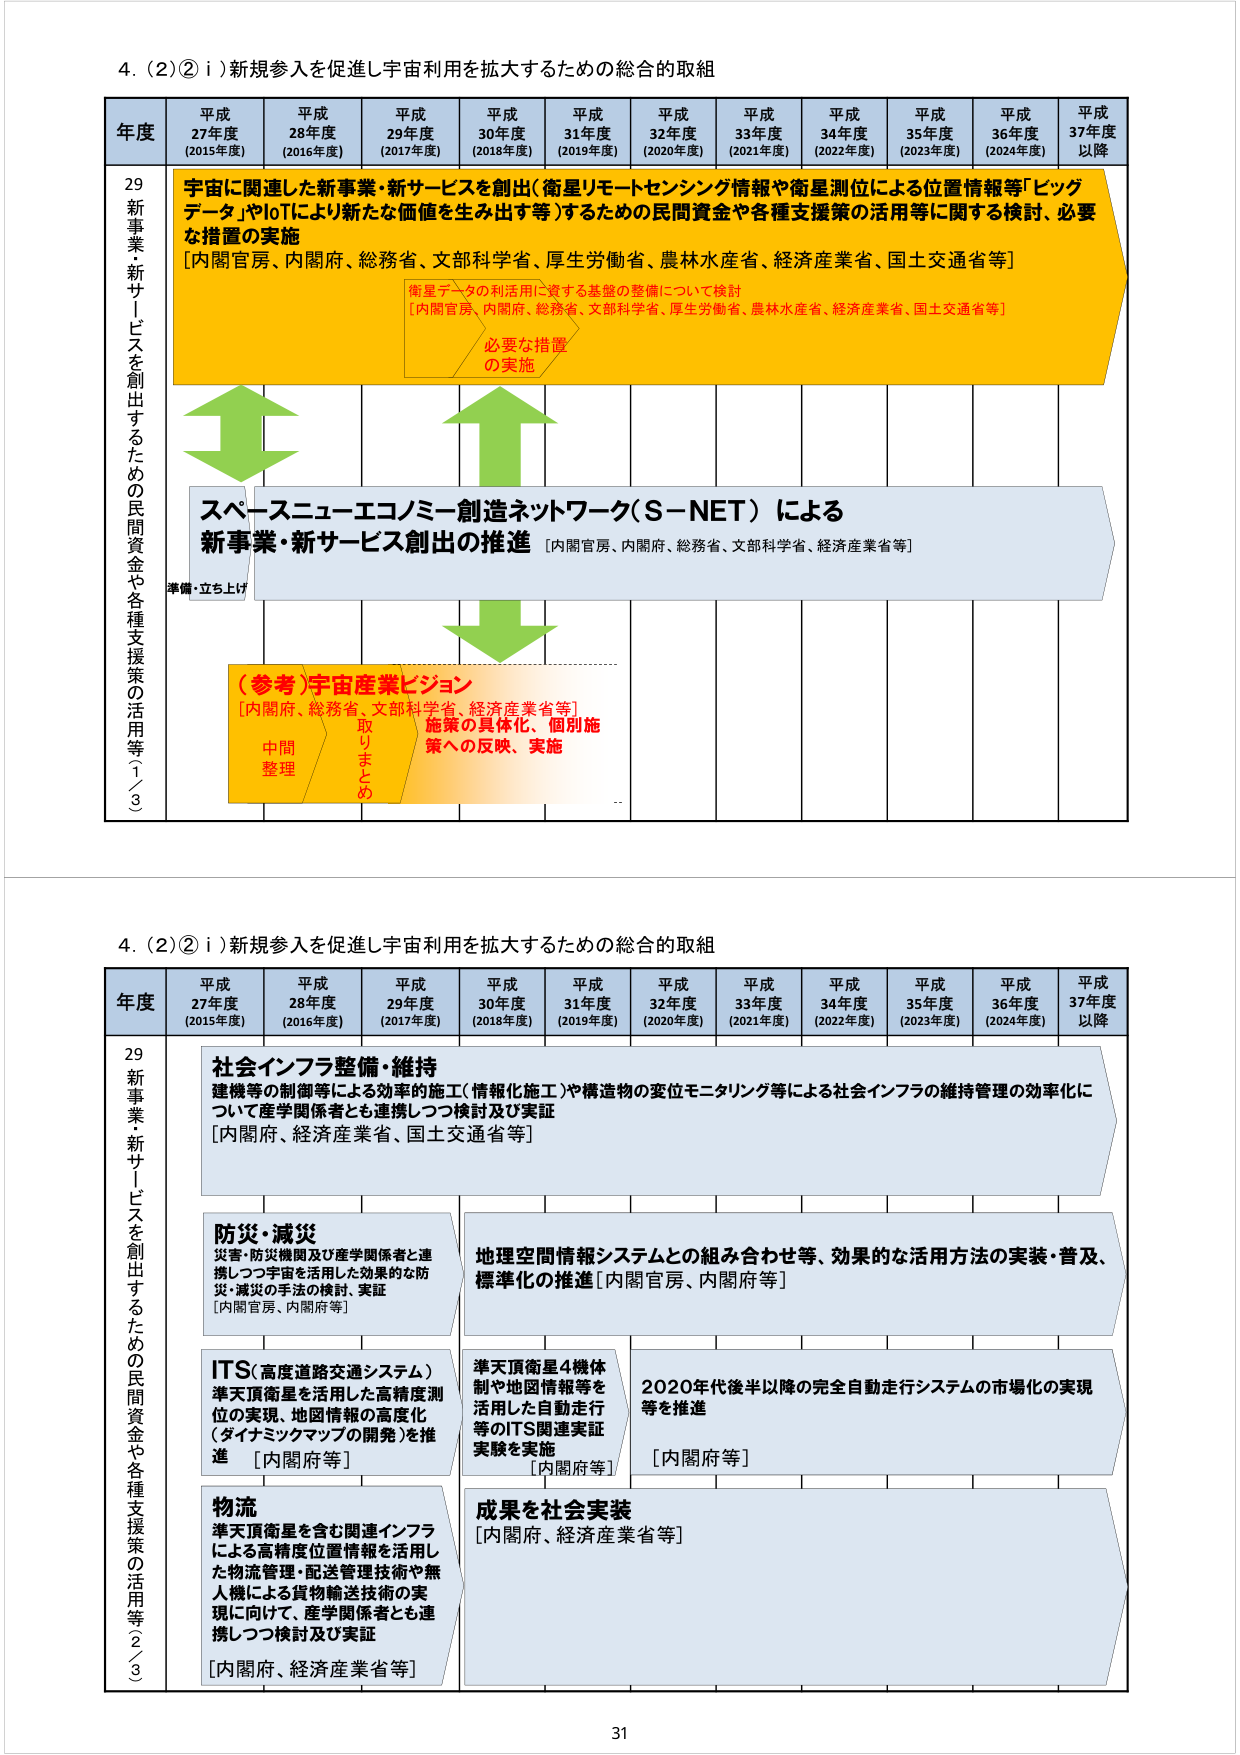
4. (2)②ⅰ) 新規参入を促進し宇宙利用を拡大するための総合的取組

年度 平成27年度 (2015年度) 平成28年度 (2016年度) 平成29年度 (2017年度) 平成30年度 (2018年度) 平成31年度 (2019年度) 平成32年度 (2020年度) 平成33年度 (2021年度) 平成34年度 (2022年度) 平成35年度 (2023年度) 平成36年度 (2024年度) 平成37年度以降

29 新事業・新サービスを創出するための民間資金や各種支援策の活用等①／3

宇宙に関連した新事業・新サービスを創出（衛星リモートセンシング情報や衛星測位による位置情報等「ビッグデータ」やIoTにより新たな価値を生み出す等）するための民間資金や各種支援策の活用等に関する検討、必要な措置の実施
［内閣官房、内閣府、総務省、文部科学省、厚生労働省、農林水産省、経済産業省、国土交通省等］

衛星データの利活用に資する基盤の整備について検討
［内閣官房、内閣府、総務省、文部科学省、厚生労働省、農林水産省、経済産業省、国土交通省等］

必要な措置の実施

スペースニューエコノミー創造ネットワーク（S-NET）による
新事業・新サービス創出の推進
［内閣官房、内閣府、総務省、文部科学省、経済産業省等］

準備・立ち上げ

（参考）宇宙産業ビジョン
［内閣府、総務省、文部科学省、経済産業省等］
中間整理 取りまとめ
施策の具体化、個別施策への反映、実施

4. (2)②ⅰ) 新規参入を促進し宇宙利用を拡大するための総合的取組

年度 平成27年度 (2015年度) 平成28年度 (2016年度) 平成29年度 (2017年度) 平成30年度 (2018年度) 平成31年度 (2019年度) 平成32年度 (2020年度) 平成33年度 (2021年度) 平成34年度 (2022年度) 平成35年度 (2023年度) 平成36年度 (2024年度) 平成37年度以降

29 新事業・新サービスを創出するための民間資金や各種支援策の活用等②／3

社会インフラ整備・維持
建機等の制御等による効率的施工（情報化施工）や構造物の変位モニタリング等による社会インフラの維持管理の効率化について産学関係者とも連携しつつ検討及び実証
［内閣府、経済産業省、国土交通省等］

防災・減災
災害・防災機関及び産学関係者と連携しつつ宇宙を活用した効果的な防災・減災の手法の検討、実証
［内閣官房、内閣府等］

地理空間情報システムとの組み合わせ等、効果的な活用方法の実装・普及、標準化の推進［内閣官房、内閣府等］

ITS（高度道路交通システム）
準天頂衛星を活用した高精度測位の実現、地図情報の高度化（ダイナミックマップの開発）を推進 ［内閣府等］

準天頂衛星4機体制や地図情報等を活用した自動走行等のITS関連実証実験を実施
［内閣府等］

2020年代後半以降の完全自動走行システムの市場化の実現等を推進
［内閣府等］

物流
準天頂衛星を含む関連インフラによる高精度位置情報を活用した物流管理・配送管理技術や無人機による貨物輸送技術の実現に向けて、産学関係者とも連携しつつ検討及び実証
［内閣府、経済産業省等］

成果を社会実装
［内閣府、経済産業省等］

31